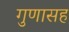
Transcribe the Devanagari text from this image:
गुणासह